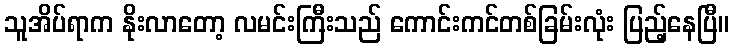
သူအိပ်ရာက နိုးလာတော့ လမင်းကြီးသည် ကောင်းကင်တစ်ခြမ်းလုံး ပြည့်နေပြီ။